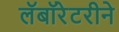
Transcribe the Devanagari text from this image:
लॅबॉरेटरीने